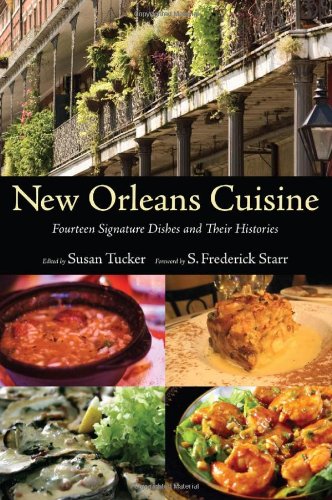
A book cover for New Orleans Cuisine: Fourteen Signature Dishes and Their Histories; Cookbooks, Food & Wine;